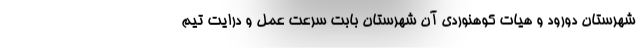
شهرستان دورود و هیات کوهنوردی آن شهرستان بابت سرعت عمل و درایت تیم